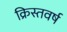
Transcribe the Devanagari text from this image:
क्रिस्तवर्ष